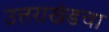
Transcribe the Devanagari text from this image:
उत्तराखंडचा